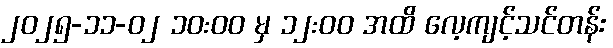
၂၀၂၅-၁၁-၀၂ ၁၀:၀၀ မှ ၁၂:၀၀ အထိ လေ့ကျင့်သင်တန်း